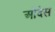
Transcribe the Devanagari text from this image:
ओदेस